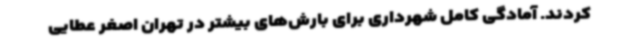
کردند. آمادگی کامل شهرداری برای بارش‌های بیشتر در تهران اصغر عطایی